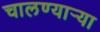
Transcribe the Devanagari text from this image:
चालण्यार्‍या